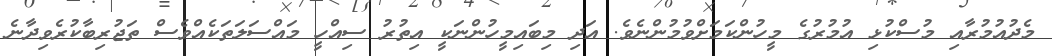
މެދުއުމުރާއި މުސްކުޅި އުމުރުގެ މީހުންކަމަށްވުމުންނެވެ. އަދި މިބައިމީހުންނަކީ އިތުރު ސިއްހީ މައްސަލަތަކެއްވެސް ތަޖުރިބާކުރެވިދާނެ